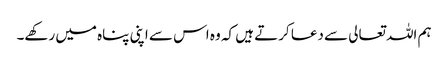
ہم اللہ تعالی سے دعا کرتے ہیں کہ وہ اس سے اپنی پناہ میں رکھے۔